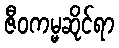
ဇီဝကမ္မဆိုင်ရာ